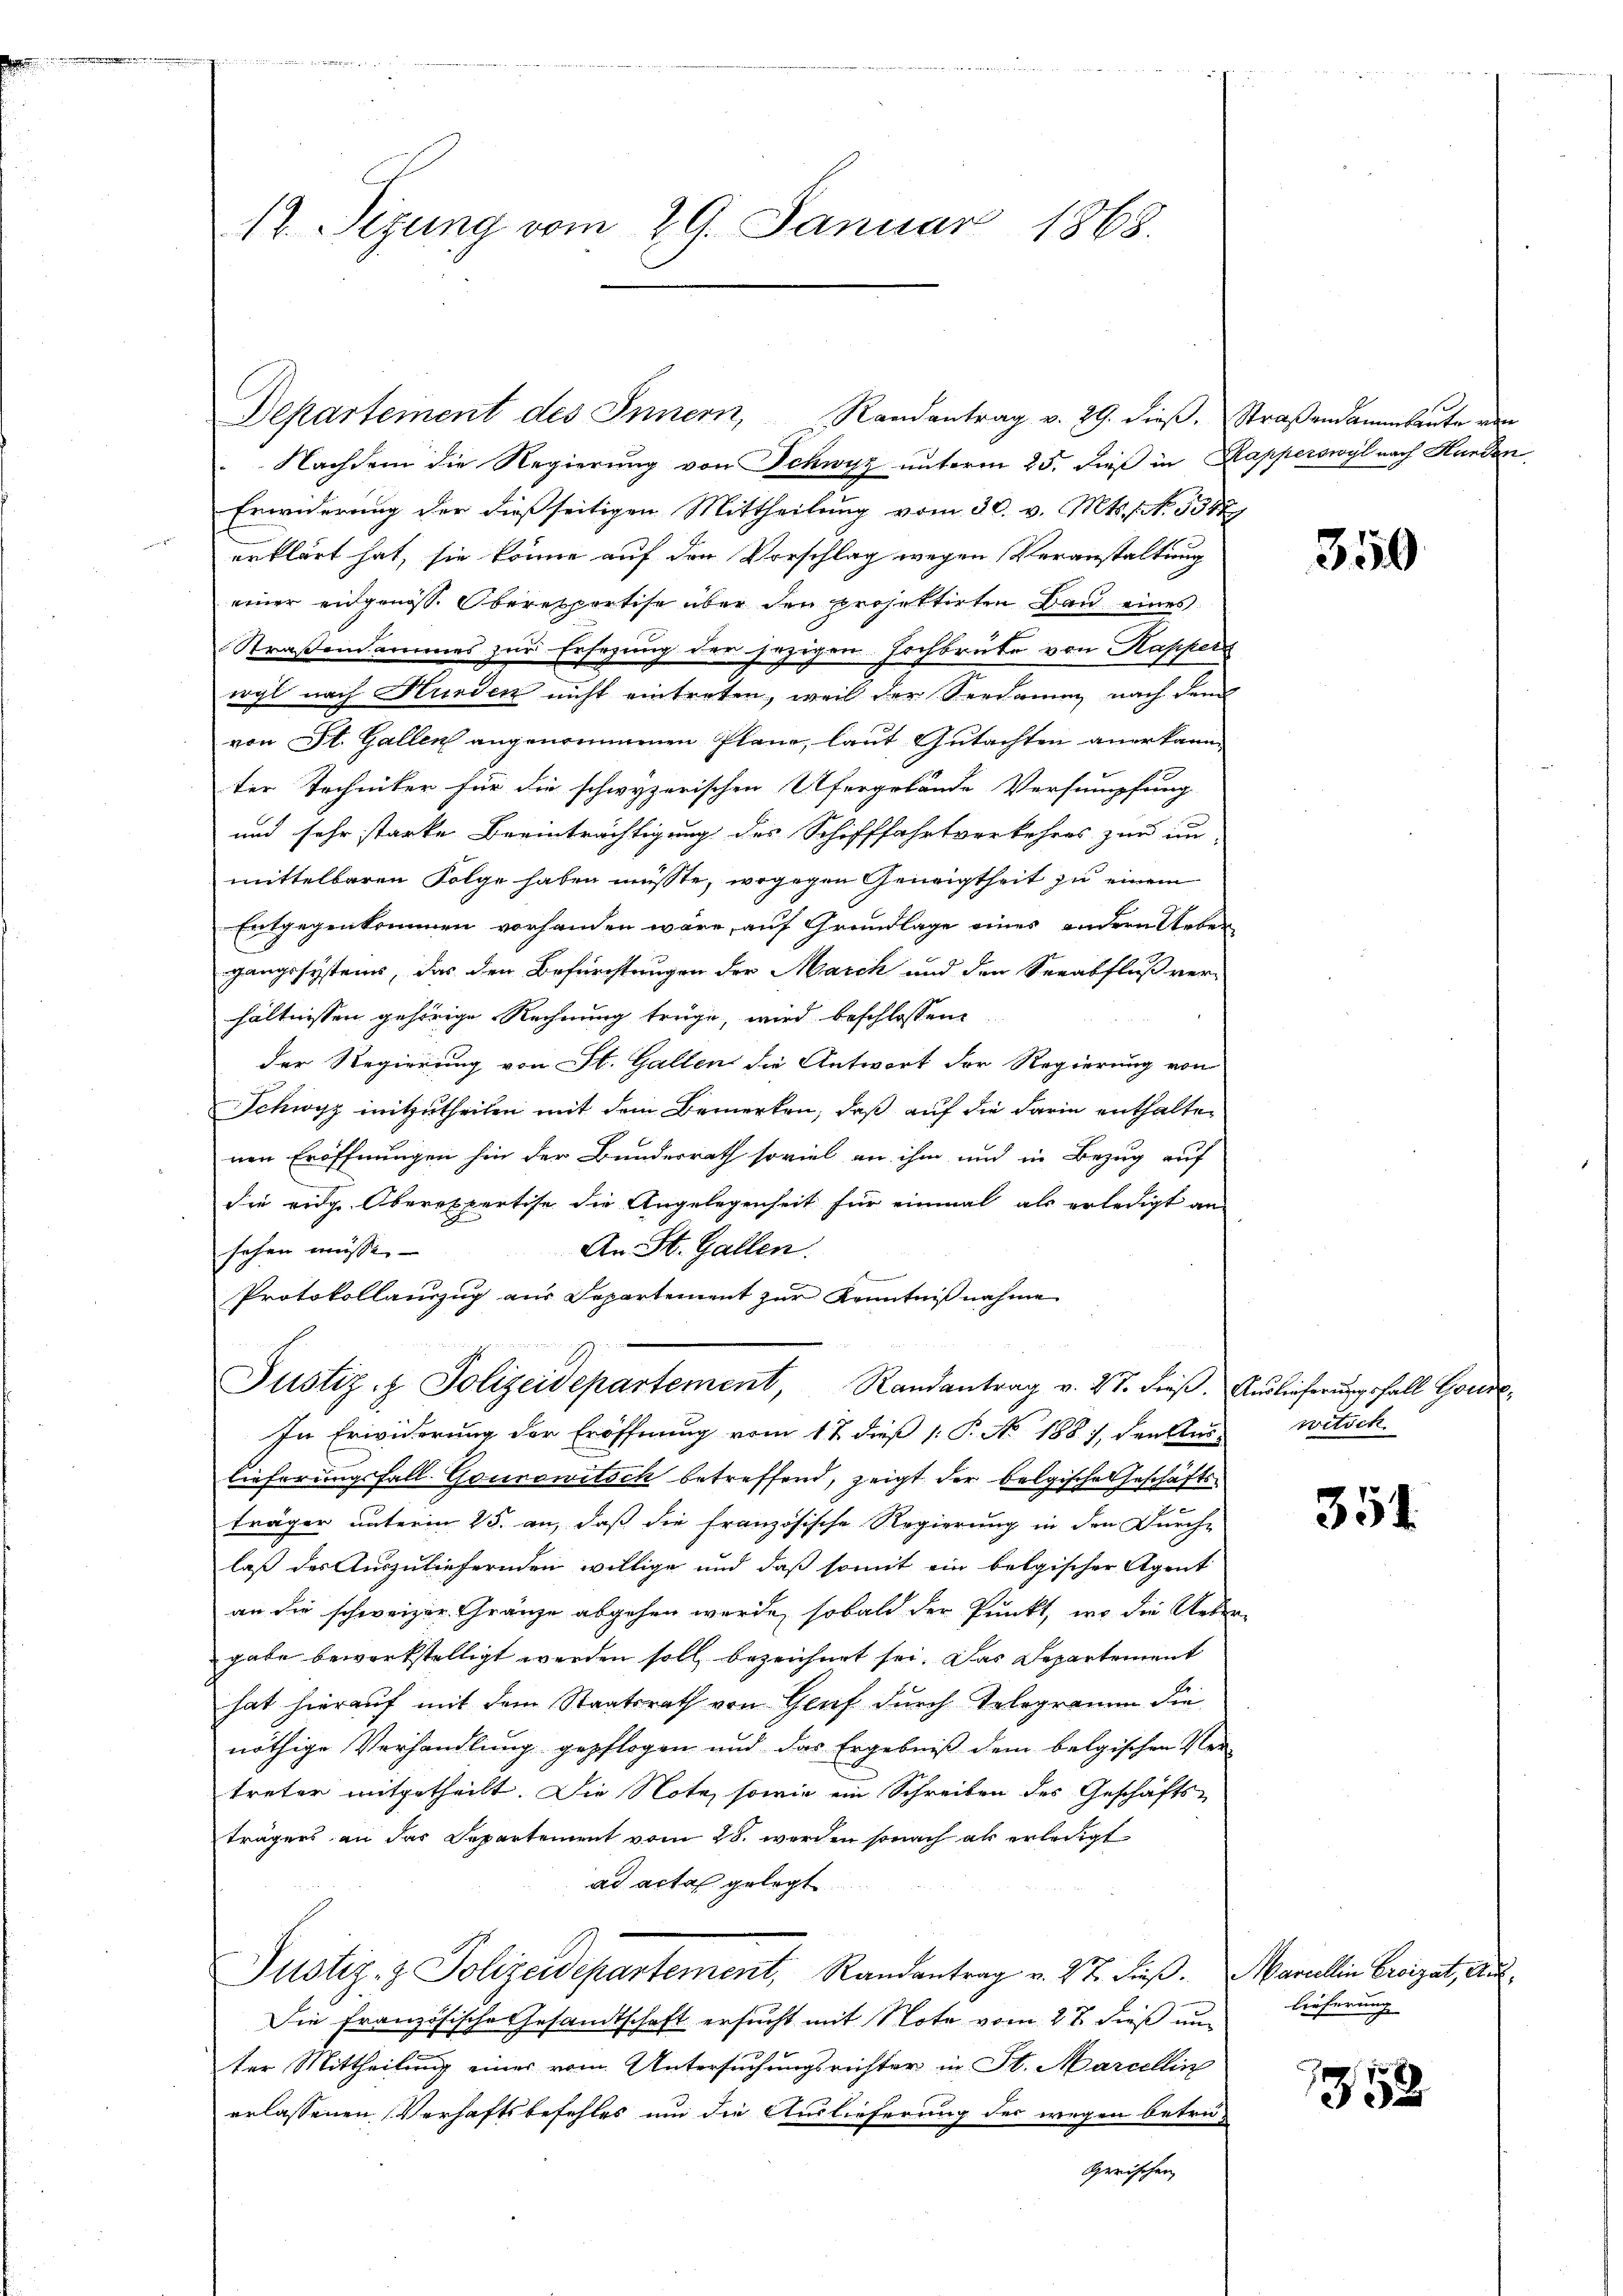
Departement des Innern, Randantrag v. 29. dieβ. Straßendammbaŭte von
 Nachdem die Regierung von Schwyz unterm 25. dieß in Kapperswyl nach Hunden,
Erwiderung der dießseitigen Mittheilung vom 30. v. Mts. No. 5312
erklärt hat, sie könne auf den Vorschlag wegen Veranstaltung
einer eidgenöss. Oberesportise über den projektirten Bau eines
Straßendarmes zur Ersezung der jezigen Hochbrute von Kappers
wyl nach Hunden nicht eintreten, weil der Verdauung nach dem
von St. Gallen angenommenen Plane, laut Gutachten anerkann.
ter Techniker für die schwyzerischen Ufergelände Versumpfung
und sehr starke Beeinträchtigung des Schifffahrtverkehres zur un-
mittelbaren Folge haben müsste, wogegen Geneigtheit zu einem
Entgegenkommen vorhanden wäre, auf Grundlage eines andern Ueber
gangssystems, das den Befürchtungen der March und den Seeabfluß ver-
hältnissen gehörige Rechnung trüge, wird beschlossen:
der Regierung von St. Gallen die Antwort der Regierung von
Schwyz mitzutheilen mit dem Bemerken, daß auf die darin enthalten
nen Eröffnungen hin der Bundesrath soviel an ihm und in Bezug auf
die eidg. Oberexpertise die Angelegenheit für einmal als erledigt an
An St. Gallen.
sehen müsse. – |
Protokollauszug aus Departement zur Kenntnißnahme
Justiz- & Polizeidepartement, Randantrag v. 27. dieβ. Auslieferungsfall Gonde
In Erwiderung der Eröffnung vom 1 t dieß 1: P. No. 1881, den Aus-
lieferungsfall-Gourowitsch betreffend, zeigt der belgische Geschäftse
träger unterm 25. an, daß die französische Regierung in den Durch-
laß des Auszuliefernden willige und daß somit ein belgischer Agent
an die schweizer. Gränze abgehen werde, sobald der Punkt, wo die Ueber-
gabe bewerkstelligt werden soll, bezeichnet sei. Das Departement
hat hierauf mit dem Staatsrath von Genf durch Telegramm die
nöthige Verhandlung gepflogen und das Ergebniß dem belgischen Ver-
treter mitgetheilt. Die Note, sowie ein Schreiben des Geschäfts-
trägers an das Departement vom 28. werden sonach als erledigt
ad acta gelegt
Justiz- & Polizeidepartement, Randantrag v. 27. dieß. Marellin Creizet, Aus¬
Die Französische Gesandtschaft ersucht mit Note vom 27. dieß um
ter Mittheilung einer vom Untersuchungsrechter in St. Marcellin
erlassenen Verhaftsbefehles um die Auslieferung der wegen betrüerischen

17. Sizung vom 29. Januar 1865.

350

witsch

354.

lieferung

1352